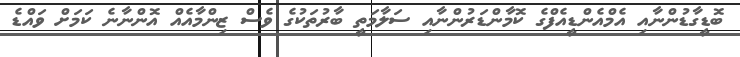
ބޮޑީގާޑުންނާއި އެމްއެންޑީއެފްގެ ކޮމާންޑަރުންނާއި ސަލާމަތީ ބާރުތަކުގެ ވެސް ޒިންމާއެއް އޮންނާނެ ކަމަށް ވައްޑެ